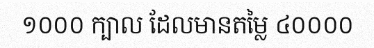
១០០០ ក្បាល ដែលមានតម្លៃ ៤០០០០